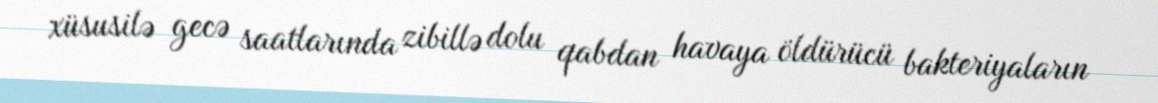
xüsusilə gecə saatlarında zibillə dolu qabdan havaya öldürücü bakteriyaların